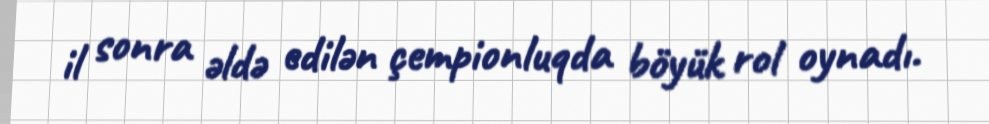
il sonra əldə edilən çempionluqda böyük rol oynadı.